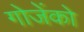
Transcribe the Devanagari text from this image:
गोजेंको